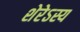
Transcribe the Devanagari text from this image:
शेरेऽस्य